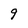
Character: 9